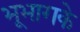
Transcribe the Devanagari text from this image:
भूभागके